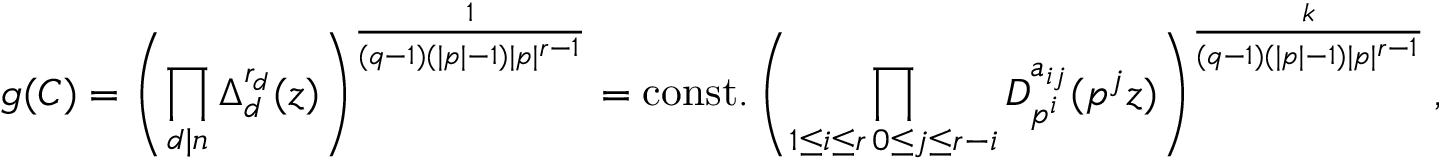
g ( C ) = \left( \prod _ { d | \mathfrak { n } } \Delta _ { d } ^ { r _ { d } } ( z ) \right) ^ { \frac { 1 } { ( q - 1 ) ( | \mathfrak { p } | - 1 ) | \mathfrak { p } | ^ { r - 1 } } } = \mathrm { c o n s t . } \left( \prod _ { \substack { 1 \leq i \leq r \, 0 \leq j \leq r - i } } D _ { \mathfrak { p } ^ { i } } ^ { a _ { i j } } ( \mathfrak { p } ^ { j } z ) \right) ^ { \frac { k } { ( q - 1 ) ( | \mathfrak { p } | - 1 ) | \mathfrak { p } | ^ { r - 1 } } } ,